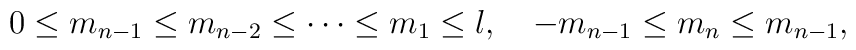
0\leq m_{n-1}\leq m_{n-2}\leq \cdots \leq m_{1}\leq l,\quad-m_{n-1}\leq m_{n}\leq m_{n-1},